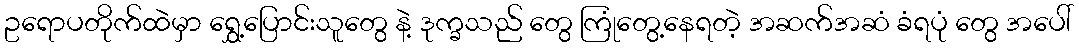
ဥရောပတိုက်ထဲမှာ ရွှေ့ပြောင်းသူတွေ နဲ့ ဒုက္ခသည် တွေ ကြုံတွေ့နေရတဲ့ အဆက်အဆံ ခံရပုံ တွေ အပေါ်